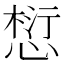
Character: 𪬓